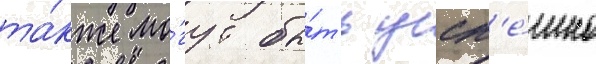
та́кже мо́гут бы́ть усп'е́шно